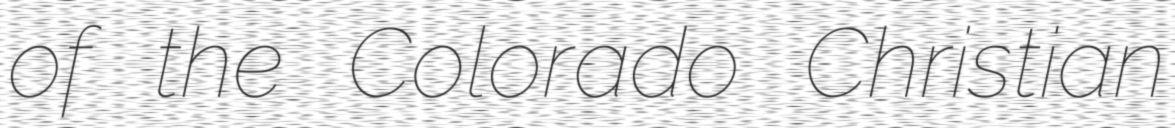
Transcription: of the Colorado Christian